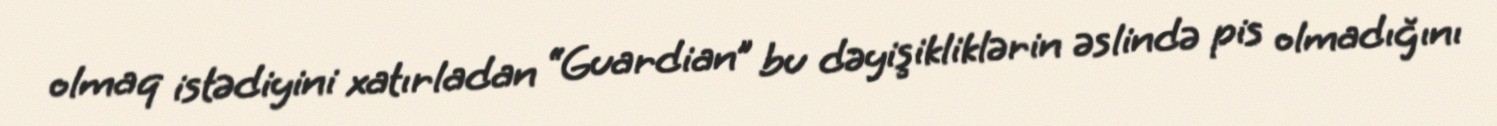
olmaq istədiyini xatırladan “Guardian” bu dəyişikliklərin əslində pis olmadığını